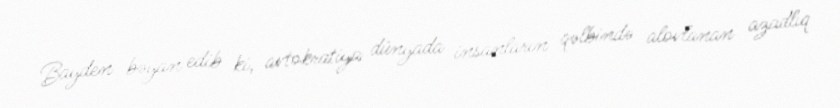
Bayden bəyan edib ki, avtokratiya dünyada insanların qəlbində alovlanan azadlıq